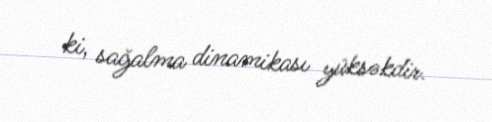
ki, sağalma dinamikası yüksəkdir.